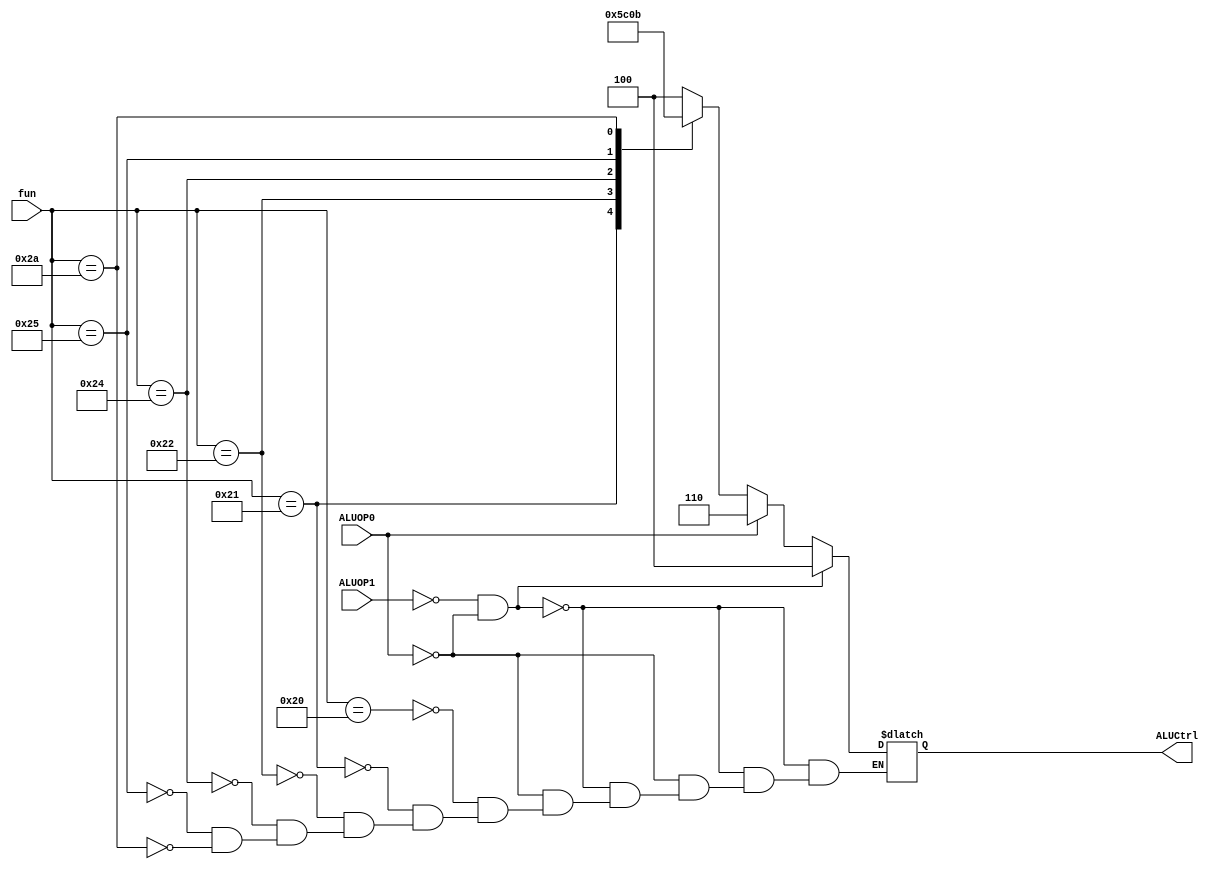
module ALUCU(
    input ALUOP1,
    input ALUOP0,
    input[5:0] fun,
    output[2:0] ALUCtrl
    );
    reg[2:0] ALUCtrl;
    always@(*)
    begin
        if(ALUOP1 == 0 && ALUOP0 == 0)
            ALUCtrl = 3'b100;
        else if(ALUOP0 == 1)
            ALUCtrl = 3'b110;
        else
        begin
            case(fun)
            6'b100000:ALUCtrl = 3'b100;
            6'b100001:ALUCtrl = 3'b101;
            6'b100010:ALUCtrl = 3'b110;
            6'b100100:ALUCtrl = 3'b000;
            6'b100101:ALUCtrl = 3'b001;
            6'b101010:ALUCtrl = 3'b011;
            default:;
            endcase
        end
    end
endmodule